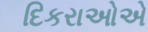
દિકરાઓએ